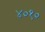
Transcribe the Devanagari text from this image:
४०१०